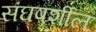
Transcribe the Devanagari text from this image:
संघषर्शील